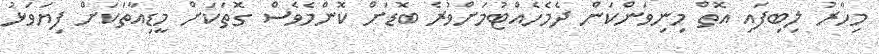
މިހާރު ލިބިފައި އޮތް މިނިވަންކަން ދެމެހެއްޓުމަށްވުރެ ބޮޑަށް ކޮންމެވެސް ގޮތަކަށް މީޑިއާތަކަށް ފިޔަވަޅު